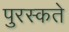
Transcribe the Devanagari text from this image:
पुरस्कते